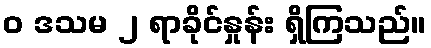
ဝ ဒသမ ၂ ရာခိုင်နှုန်း ရှိကြသည်။